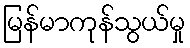
မြန်မာကုန်သွယ်မှု